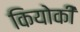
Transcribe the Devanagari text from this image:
कियोकी